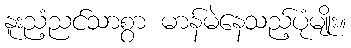
နူးညံ့ညင်သာစွာ မာန်မဲနေသည့်ပုံမျိုး။